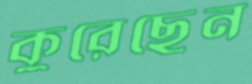
কুরেছেন